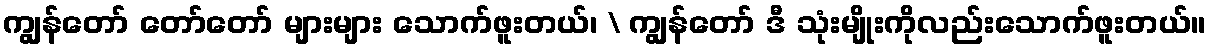
ကျွန်တော် တော်တော် များများ သောက်ဖူးတယ်၊ \ ကျွန်တော် ဒီ သုံးမျိုးကိုလည်းသောက်ဖူးတယ်။